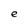
Character: e